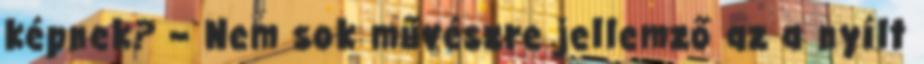
képnek? – Nem sok művészre jellemző az a nyílt